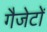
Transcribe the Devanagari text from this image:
गैजेटों